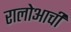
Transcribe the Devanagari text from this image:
रालोआची